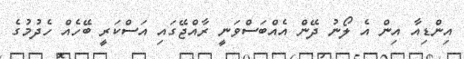
އިންޑިއާ އިން އެ ލޯނު ދޭން އެއްބަސްވަނީ ރާއްޖޭގައި އަސްކަރީ ބޭހެއް ހެދުމުގެ